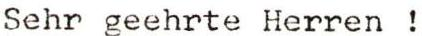
Sehr geehrte Herren !